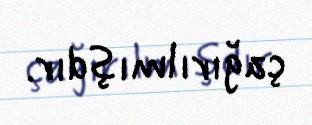
çağırılmışdır.